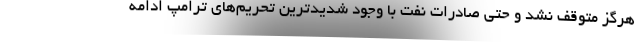
هرگز متوقف نشد و حتی صادرات نفت با وجود شدیدترین تحریم‌های ترامپ ادامه